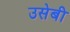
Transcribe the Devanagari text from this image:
उसेबी